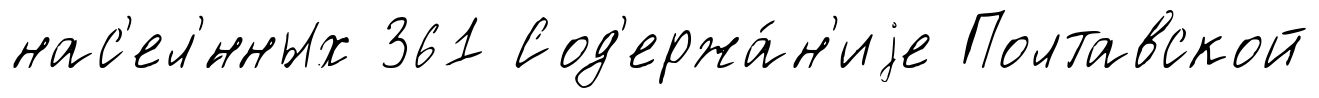
нас'ел'́нных 361 Сод'ержа́н'иjе Полтавской